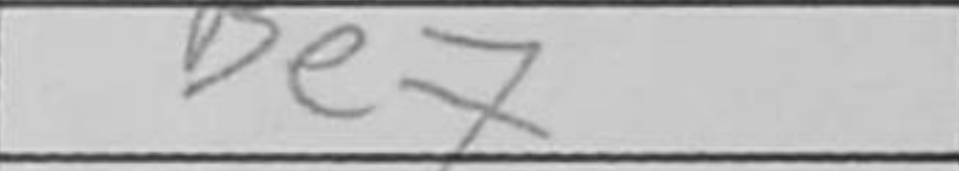
Transcription: Be7